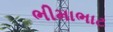
ભીમાભાટ